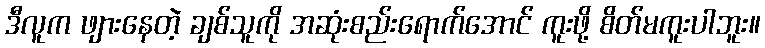
ဒီလူက ဖျားနေတဲ့ ချစ်သူကို အဆုံးစည်းရောက်အောင် ကူးဖို့ စိတ်မကူးပါဘူး။